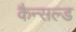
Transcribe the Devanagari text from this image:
कैन्सल्ड